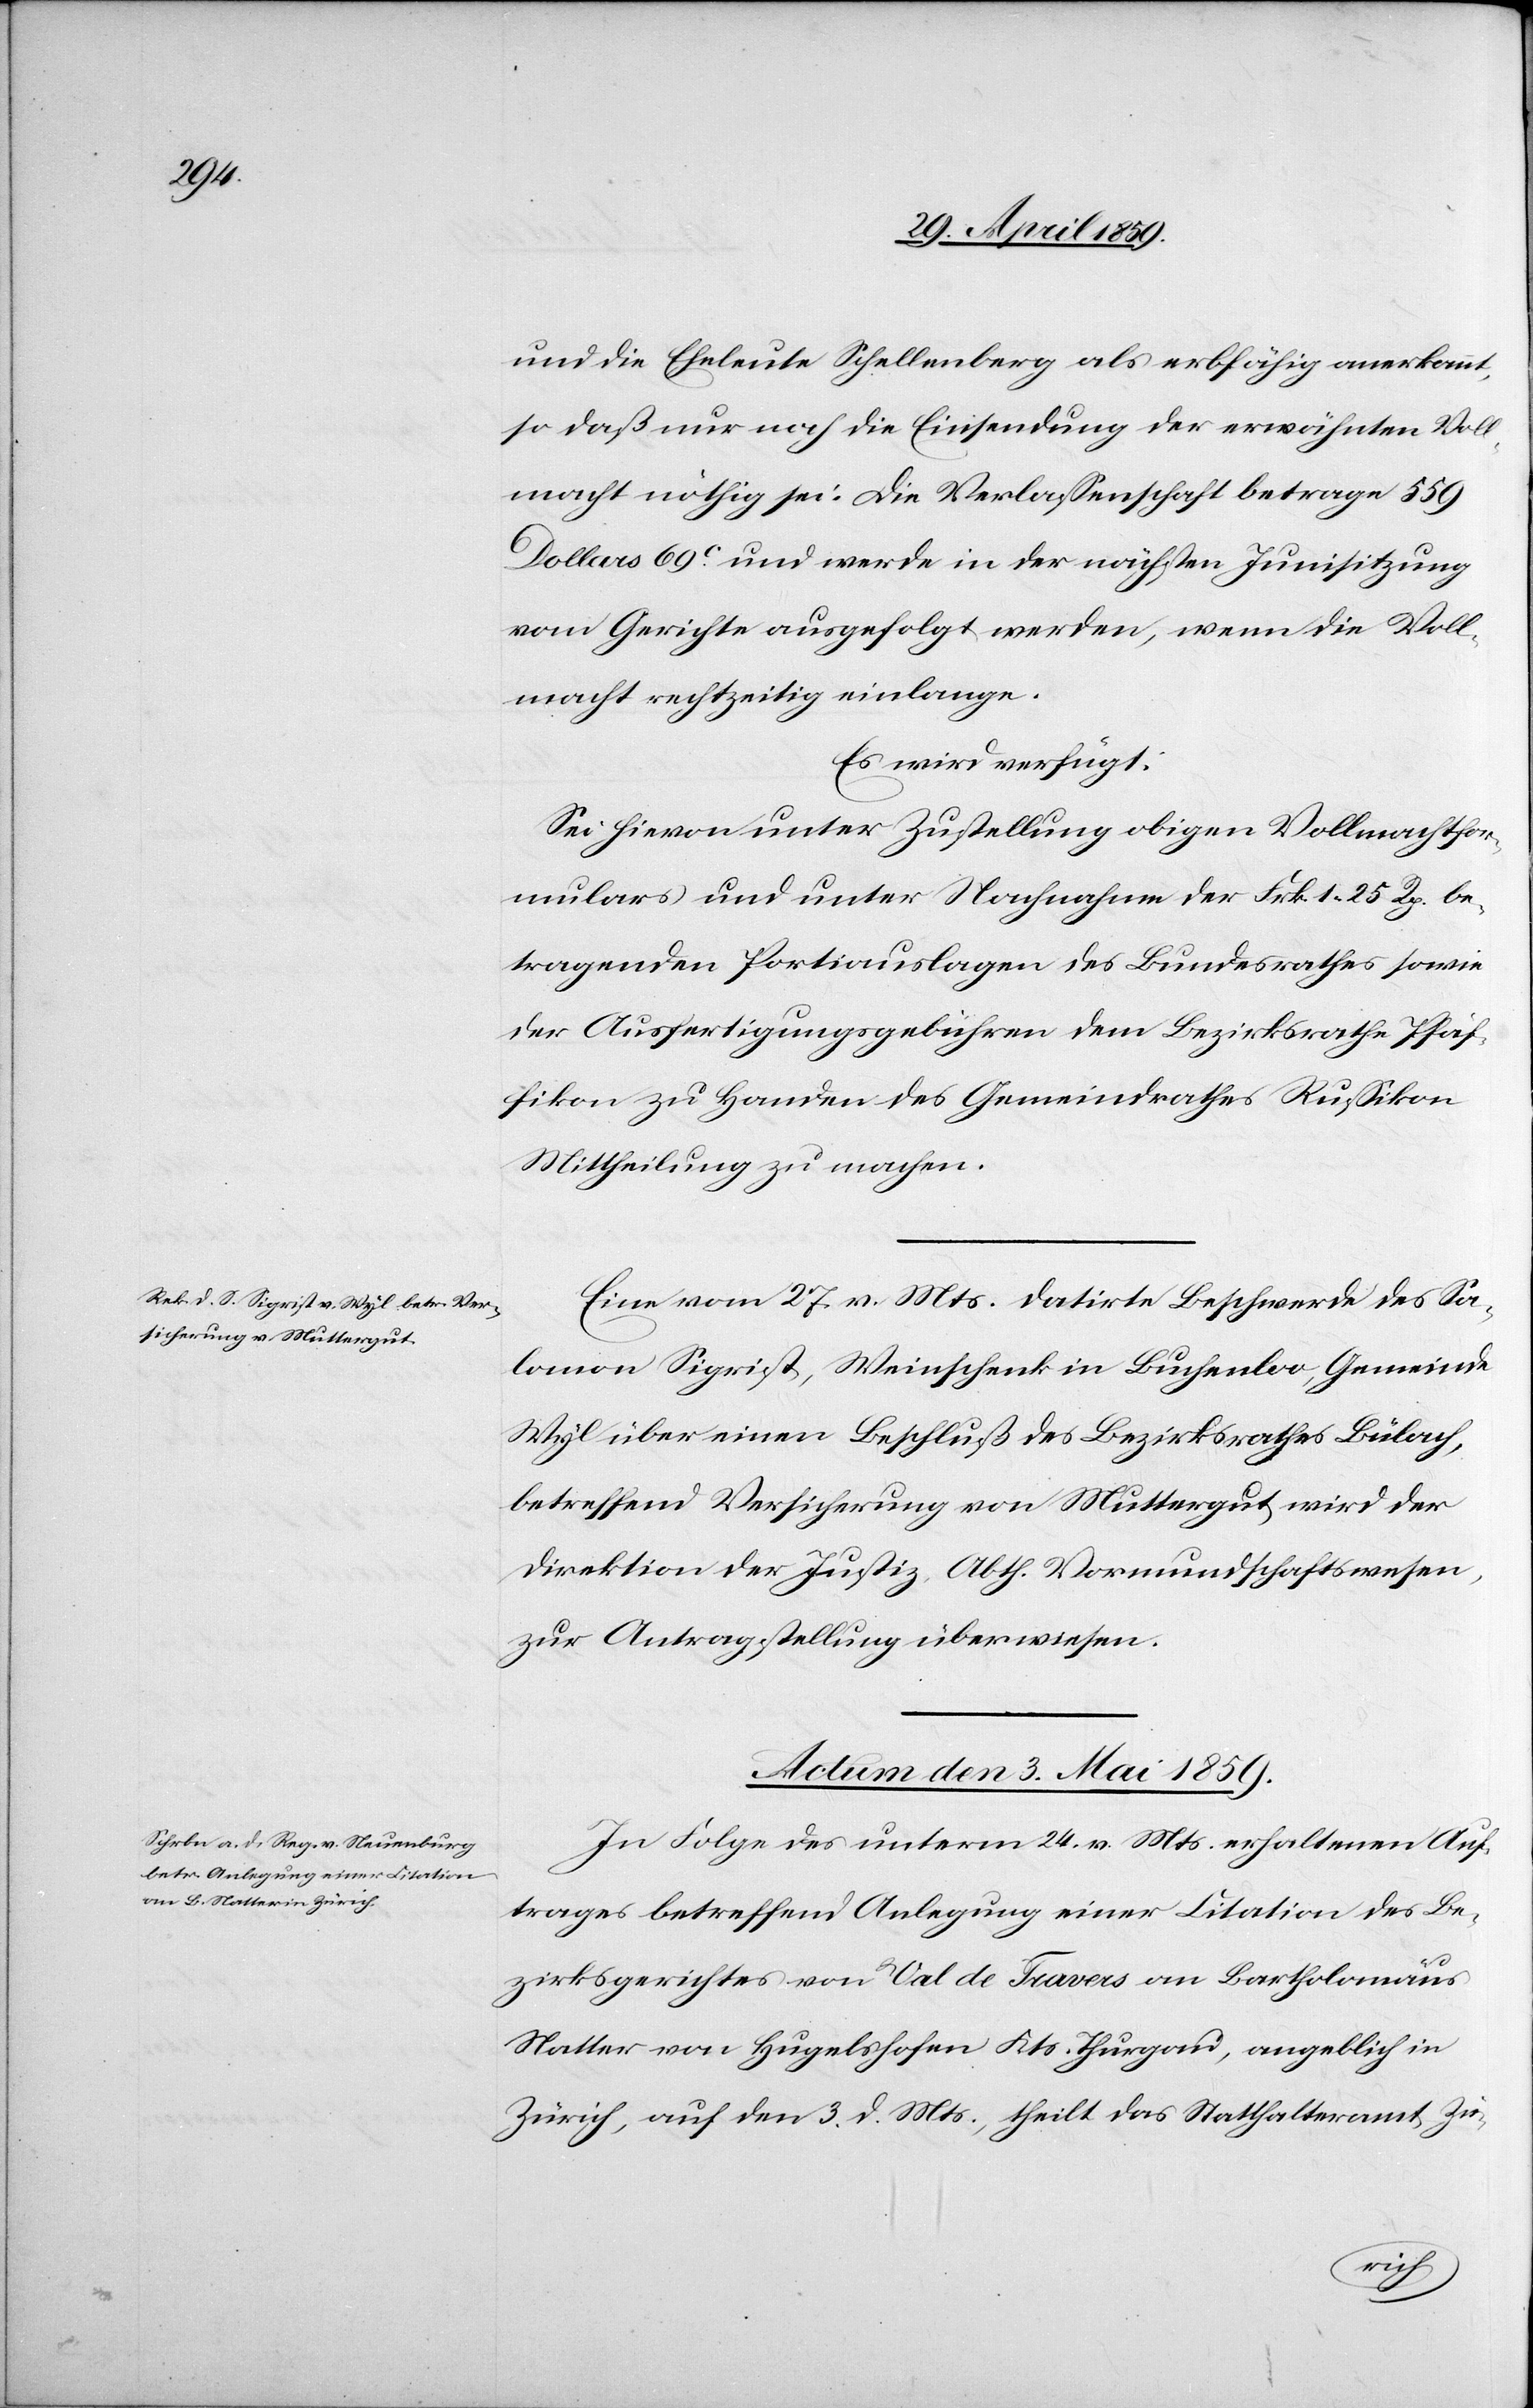
und die Eheleute Schellenberg als erbfähig anerkannt,
so daß nur noch die Einsendung der erwähnten Voll¬
macht nöthig sei: Die Verlaßenschaft betrage 559
Dollars 69c und werde in der nächsten Junisitzung
vom Gerichte ausgefolgt werden, wenn die Voll¬
macht rechtzeitig einlange.
Es wird verfügt:
Sei hievon unter Zustellung obigen Vollmachtfor¬
mulars und unter Nachnahme der Frk. 1 25 Rp. be¬
tragenden Portiauslagen des Bundesrathes sowie
der Ausfertigungsgebühren dem Bezirksrath Pfäf¬
fikon zu Handen des Gemeindrathes Rußikon
Mittheilung zu machen.
Eine vom 27. v. Mts. datirte Beschwerde des Sa¬
lomon Sigrist, Weinschenk in Buchenloo, Gemeinde
Wyl über einen Beschluß des Bezirksrathes Bülach,
betreffend Versicherung von Muttergut, wird der
Direktion der Justiz, Abth. Vormundschaftswesen,
zur Antragstellung überwiesen.
Actum den 3. Mai 1859.
In Folge des unterm 24. v. Mts erhaltenen Auf¬
trages betreffend Anlegung einer Citation des Be¬
zirksgerichtes von Val de Travers an Bartholomäus
Natter von Hugelshofen Kts. Thurgau, angeblich in
Zürich, auf den 3. d. Mts., theilt das Statthalteramt Zü-